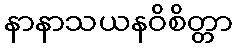
နာနာသယနဝိစိတ္တာ